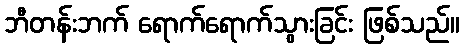
ဘီတန်းဘက် ရောက်ရောက်သွားခြင်း ဖြစ်သည်။